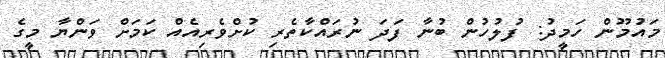
މައުމޫން ހަމީދު: ފުލުހުން ބުނާ ފަދަ ނުރައްކާތެރި ކުށްވެރިއެއް ކަމަށް ވަންޔާ މީގެ